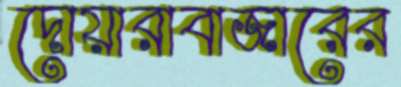
দোয়ারাবাজারের